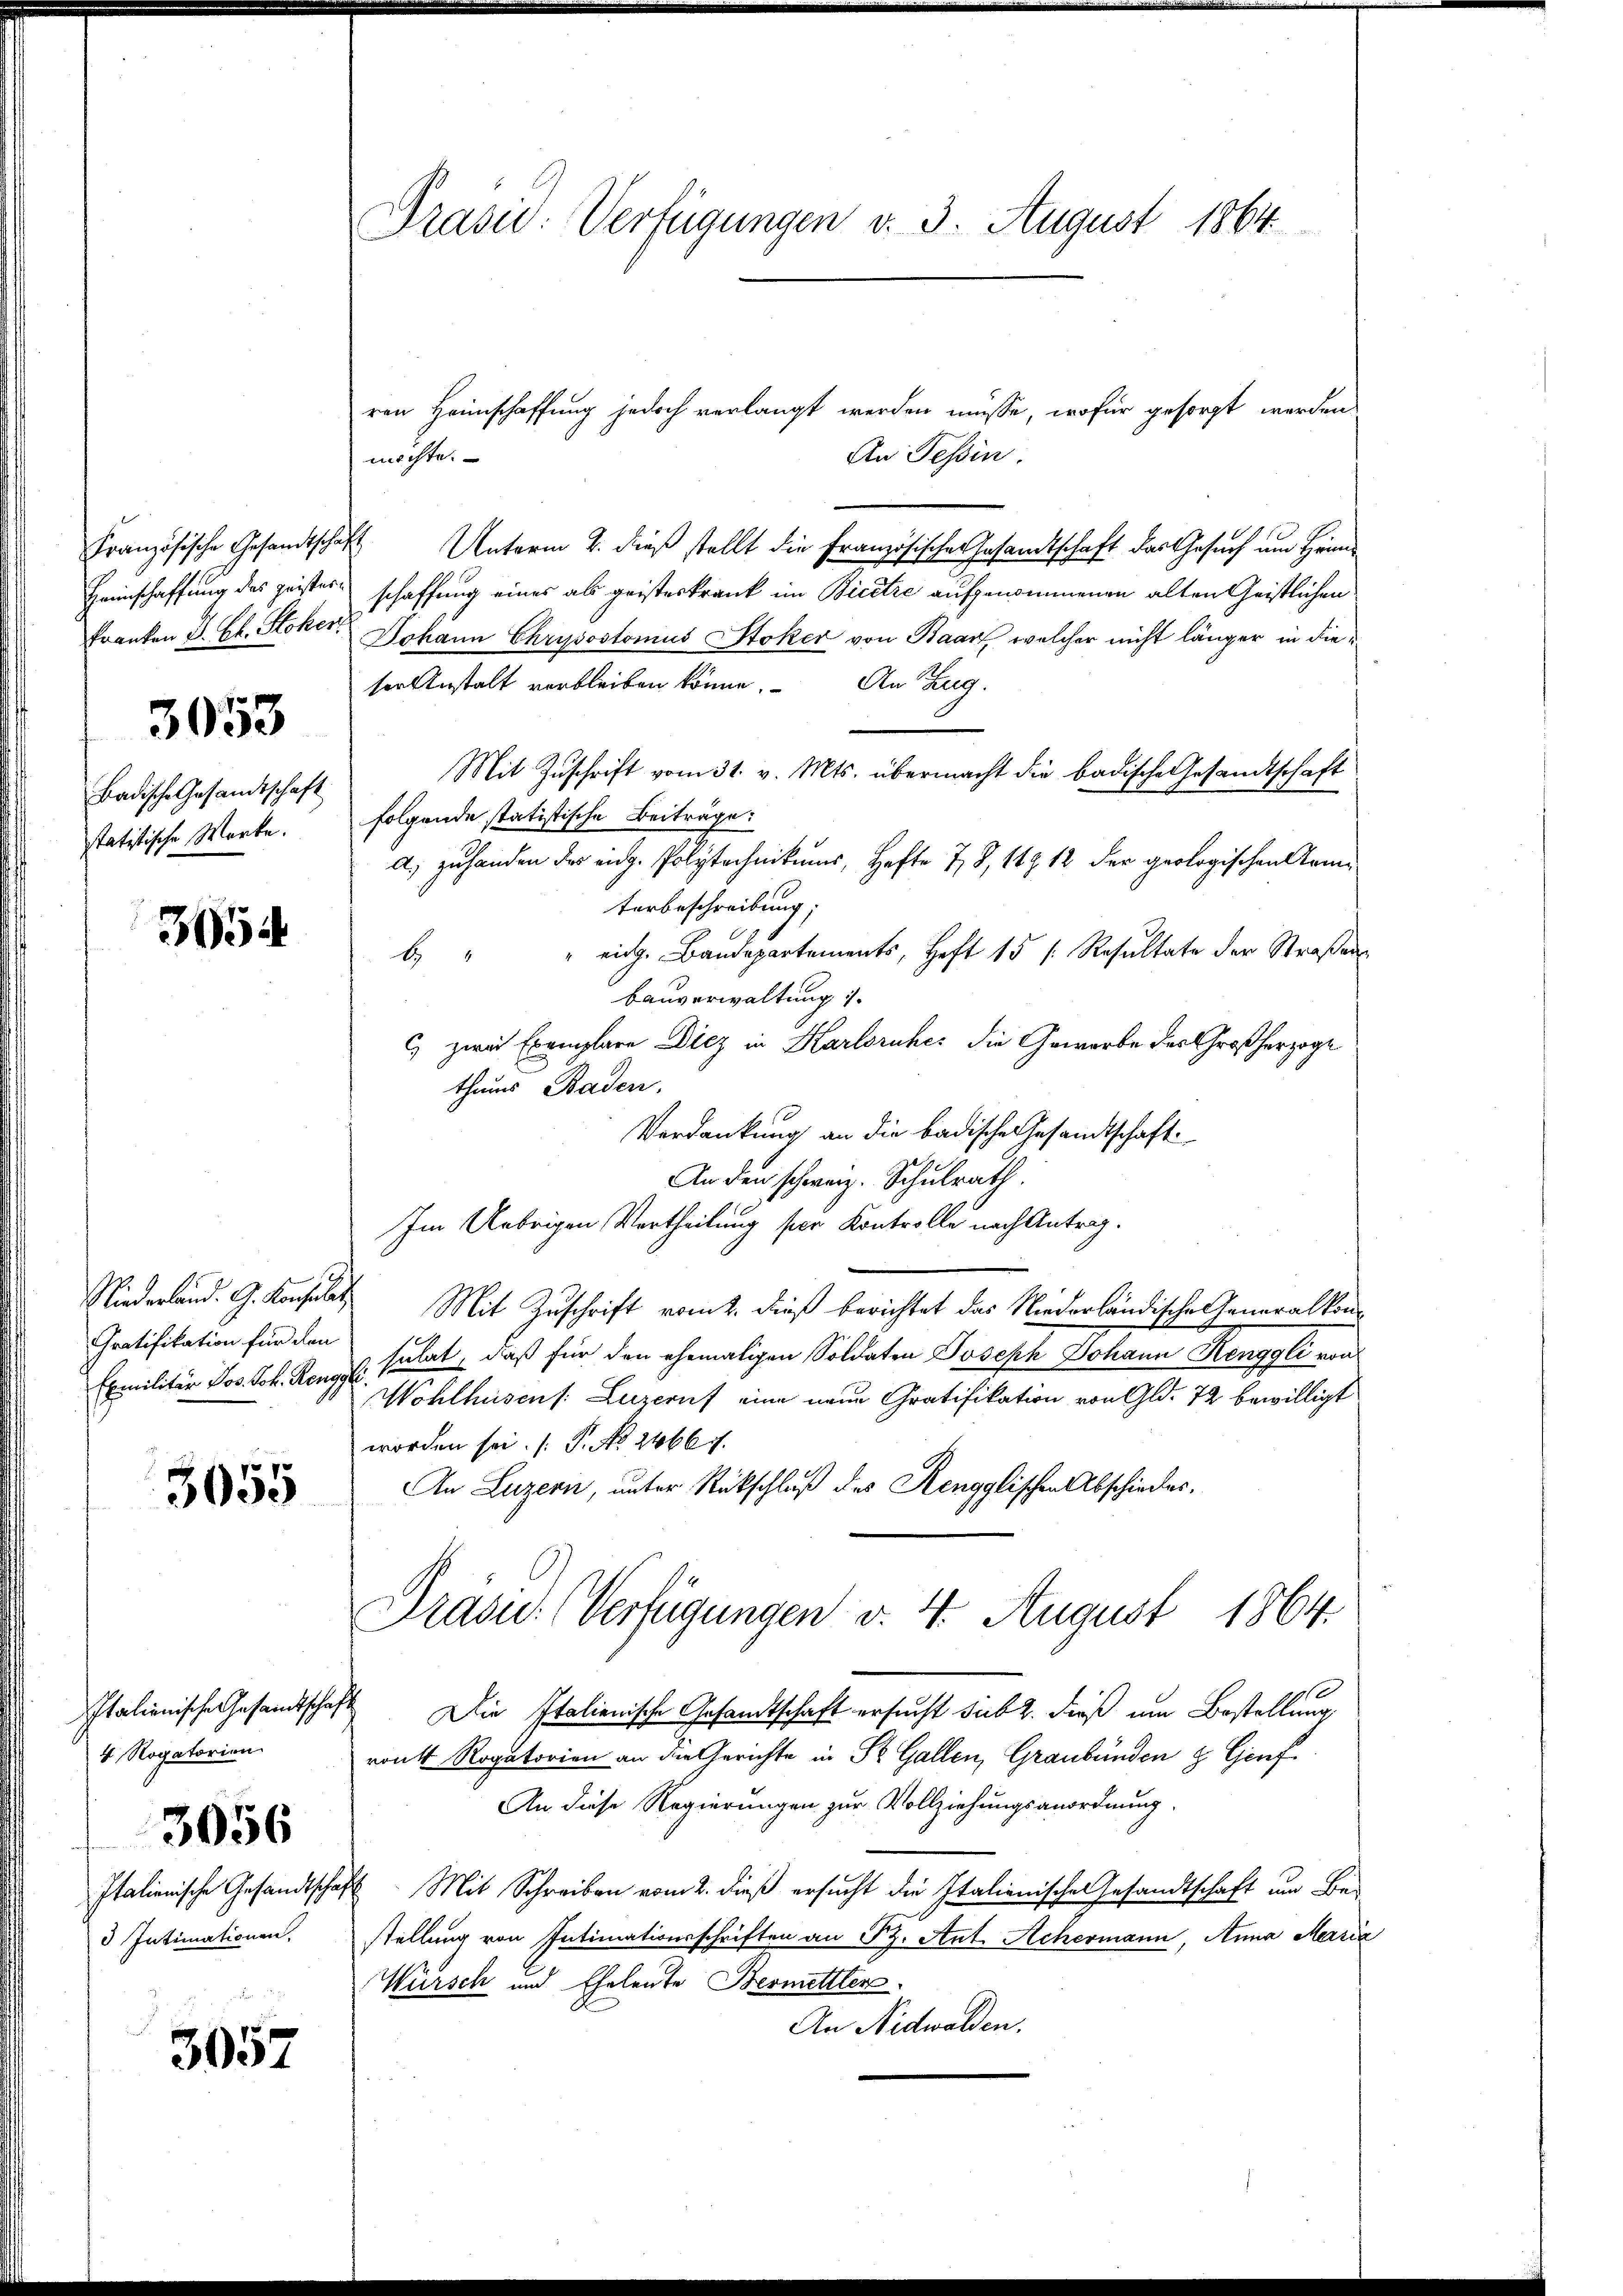
Franken D. Ch. Stoker

3058

Badische Gesandtschaft
statitische Worte.

3054

Niederland. G. Konsulat
Gratifikation für den

3055

ren Heimschaffung jedoch verlangt werden müsse, wofür gesorgt werden
An Tessin.
Französische Gesandtschaft Unterm 2. dieß stellt die Französischer Gesandtschaft das Gesuch um Heim¬
Heinschaffung des geistes schaffung eines als geisteskrank im Bicitre aufgenommenen alten Geistlichen
Johann Chrysostomus Stoker von Baar, welcher nicht länger in die
ser Anstalt verbleiben könne. An Zug.
Mit Zuschrift vom 31. v. Mts. übermacht die badische Gesandtschaft
folgende statistische Beiträge:
a. zu handen der eidg. Polytechnikums, Hefte 78, 147 12 der geologischen Kamterbeschreibung;
b. " " eidg. Bandepartements, Heft 15 /: Resultate der Straßen
Bauverwaltung 1.
C) zwei Exemplare Diez in Karlsruhes die Gewerbe des Großherzoge
thums Baden.
Verdankung an die badische Gesandtschaft
An den schweiz. Schulrath.
Im Uebrigen Vertheilung ser Kontrolle nach Antrag.
Mit Zuschrift vom 2. dieß berichtet das Niederländische Generalkon¬
Exmilitär Jos. Joh. Renggli sulat, daß für den ehemaligen Soldaten Joseph Johann Renggli von
Wohlhusen /: Luzeruf eine neue Gratifikation von Gld. 72 bewilligt
worden sei. (T. No. 2466 f.
An Luzern, unter Rückschluß des Rengglischen Abschiedes.
Präsid. Verfügungen v. 4. August 1864.
Italienische Gesandtschaft Die Italienische Gesandtschaft ersucht siebt. Dieß um Bestellung
ront Rogatorien an die Gerichte in St. Gallen, Graubünden & Genf.
An diese Regierungen zur Vollziehungsanordnung.
Italienische Gesandtschaft Mit Schreiben vom 2. dieß ersucht die Italienischen Gesandtschaft um Be-
stellung von Intimationsschriften an Pz. Ant. Achermann, Anna Maria
Würsch und Eheleute Bermettler
An Nidwalden.

4 Rogatorien.
3056
3 Intimationen,

3057

Prasie: Verfügungen v. 3. August 1864.

möchte.